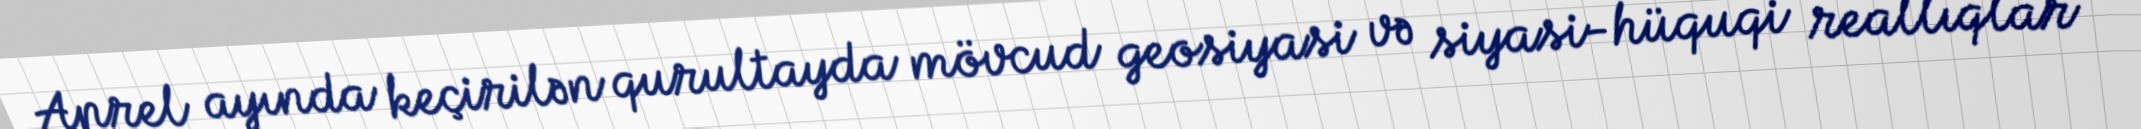
Aprel ayında keçirilən qurultayda mövcud geosiyasi və siyasi-hüquqi reallıqlar